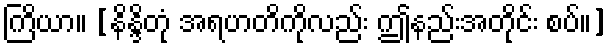
ကြိယာ။ [နိန္ဒိတုံ အရဟတိကိုလည်း ဤနည်းအတိုင်း စပ်။]